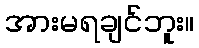
အားမရချင်ဘူး။